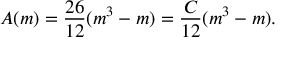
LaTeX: A ( m ) = \frac { 2 6 } { 1 2 } ( m ^ { 3 } - m ) = \frac { C } { 1 2 } ( m ^ { 3 } - m ) .